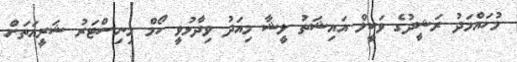
މުހައްމަދު ރަޝީދުގެ ވަކީލް އައިޝަތު ލީޝާ މިއަދު ވިދާޅުވީ ހޯމް މިނިސްޓަރު ޝަރީއަތަށް